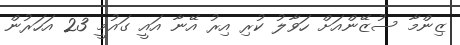
ޒިންމާ ސުޒޭންއަށް ހަވާލު ކުރި އިރު އޭނާ އައީ ގައުމީ 23 އަހަރުން